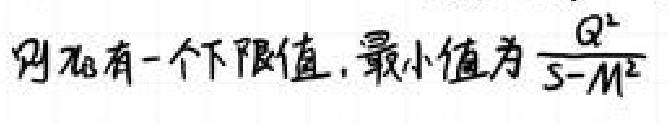
则$x_{0}$有一个下限值，最小值为$\frac{Q^{2}}{S - M^{2}}$